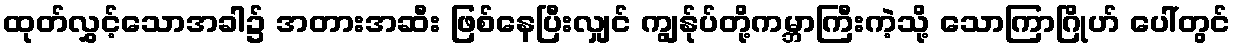
ထုတ်လွှင့်သောအခါ၌ အတားအဆီး ဖြစ်နေပြီးလျှင် ကျွန်ုပ်တို့ကမ္ဘာကြီးကဲ့သို့ သောကြာဂြိုဟ် ပေါ်တွင်